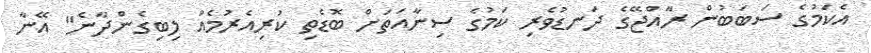
އެކަމުގެ ސަބަބުން ރާއްޖޭގެ ދަނޑުވެރި ކަމުގެ ސިނާއަތަށް ބޮޑެތި ކުރިއެރުމެއް ލިބިގެންދާނެ" އޭނާ